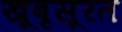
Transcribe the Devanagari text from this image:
खूबृसूरत